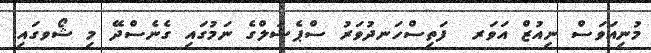
މުނިއަވަސް ނިއުޒް އަވަރ  ފަތިސްހަނދުވަރު ސްޕެޝަލްގެ ނަމުގައި ގެނެސްދޭ މި ޝޯވގައި